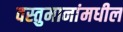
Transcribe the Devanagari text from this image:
वस्तुमानांमधील